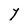
Character: l